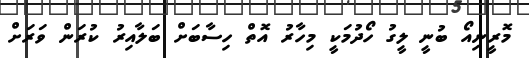
މޮރީނިއޯ ބުނީ ލީގު ހޯދުމަކީ މިހާރު އޮތް ހިސާބަށް ބަލާއިރު ކުރަން ވަރަށް